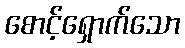
စောင့်ရှောက်သော